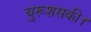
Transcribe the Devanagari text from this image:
बुरूशसकी।